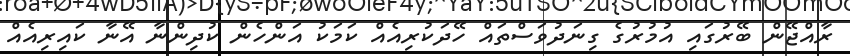
ރާއްޖޭން ބޭރުގައި އުމުރުގެ ގިނަދުވަސްތައް ހޭދަކުރިއެއް ކަމަކު އަންހެން ކުދިންނާ އޭނާ ކައިރިއެއް